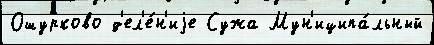
Ошурково д'ел'е́н'иjе Сужа Мун'иципа́льный